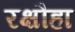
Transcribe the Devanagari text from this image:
रक्षौहा